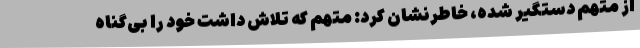
از متهم دستگیر شده، خاطرنشان کرد: متهم که تلاش داشت خود را بی‌گناه